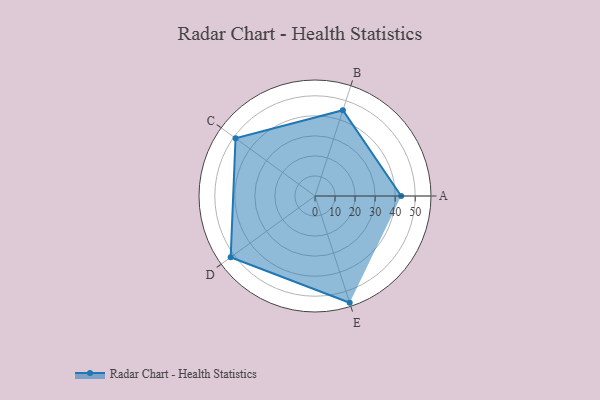
{"axis": {"x": "Skill", "y": "Score"}, "legend": ["Profile"], "data": [{"x": "A", "y": 43.0, "type": "Profile"}, {"x": "B", "y": 45.0, "type": "Profile"}, {"x": "C", "y": 49.0, "type": "Profile"}, {"x": "D", "y": 52.0, "type": "Profile"}, {"x": "E", "y": 56.0, "type": "Profile"}]}